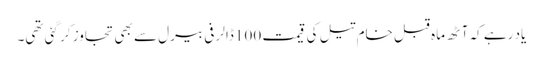
یاد رہے کہ آٹھ ماہ قبل خام تیل کی قیمت 100 ڈالر فی بیرل سے بھی تجاوز کر گئی تھی۔